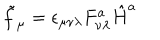
\tilde { f } _ { \mu } = \epsilon _ { \mu \nu \lambda } F _ { \nu \lambda } ^ { a } \hat { H } ^ { a }